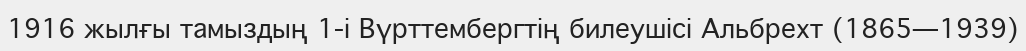
1916 жылғы тамыздың 1-і Вүрттембергтің билеушісі Альбрехт (1865—1939)